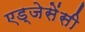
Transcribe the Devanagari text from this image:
एड्जेसेंसी